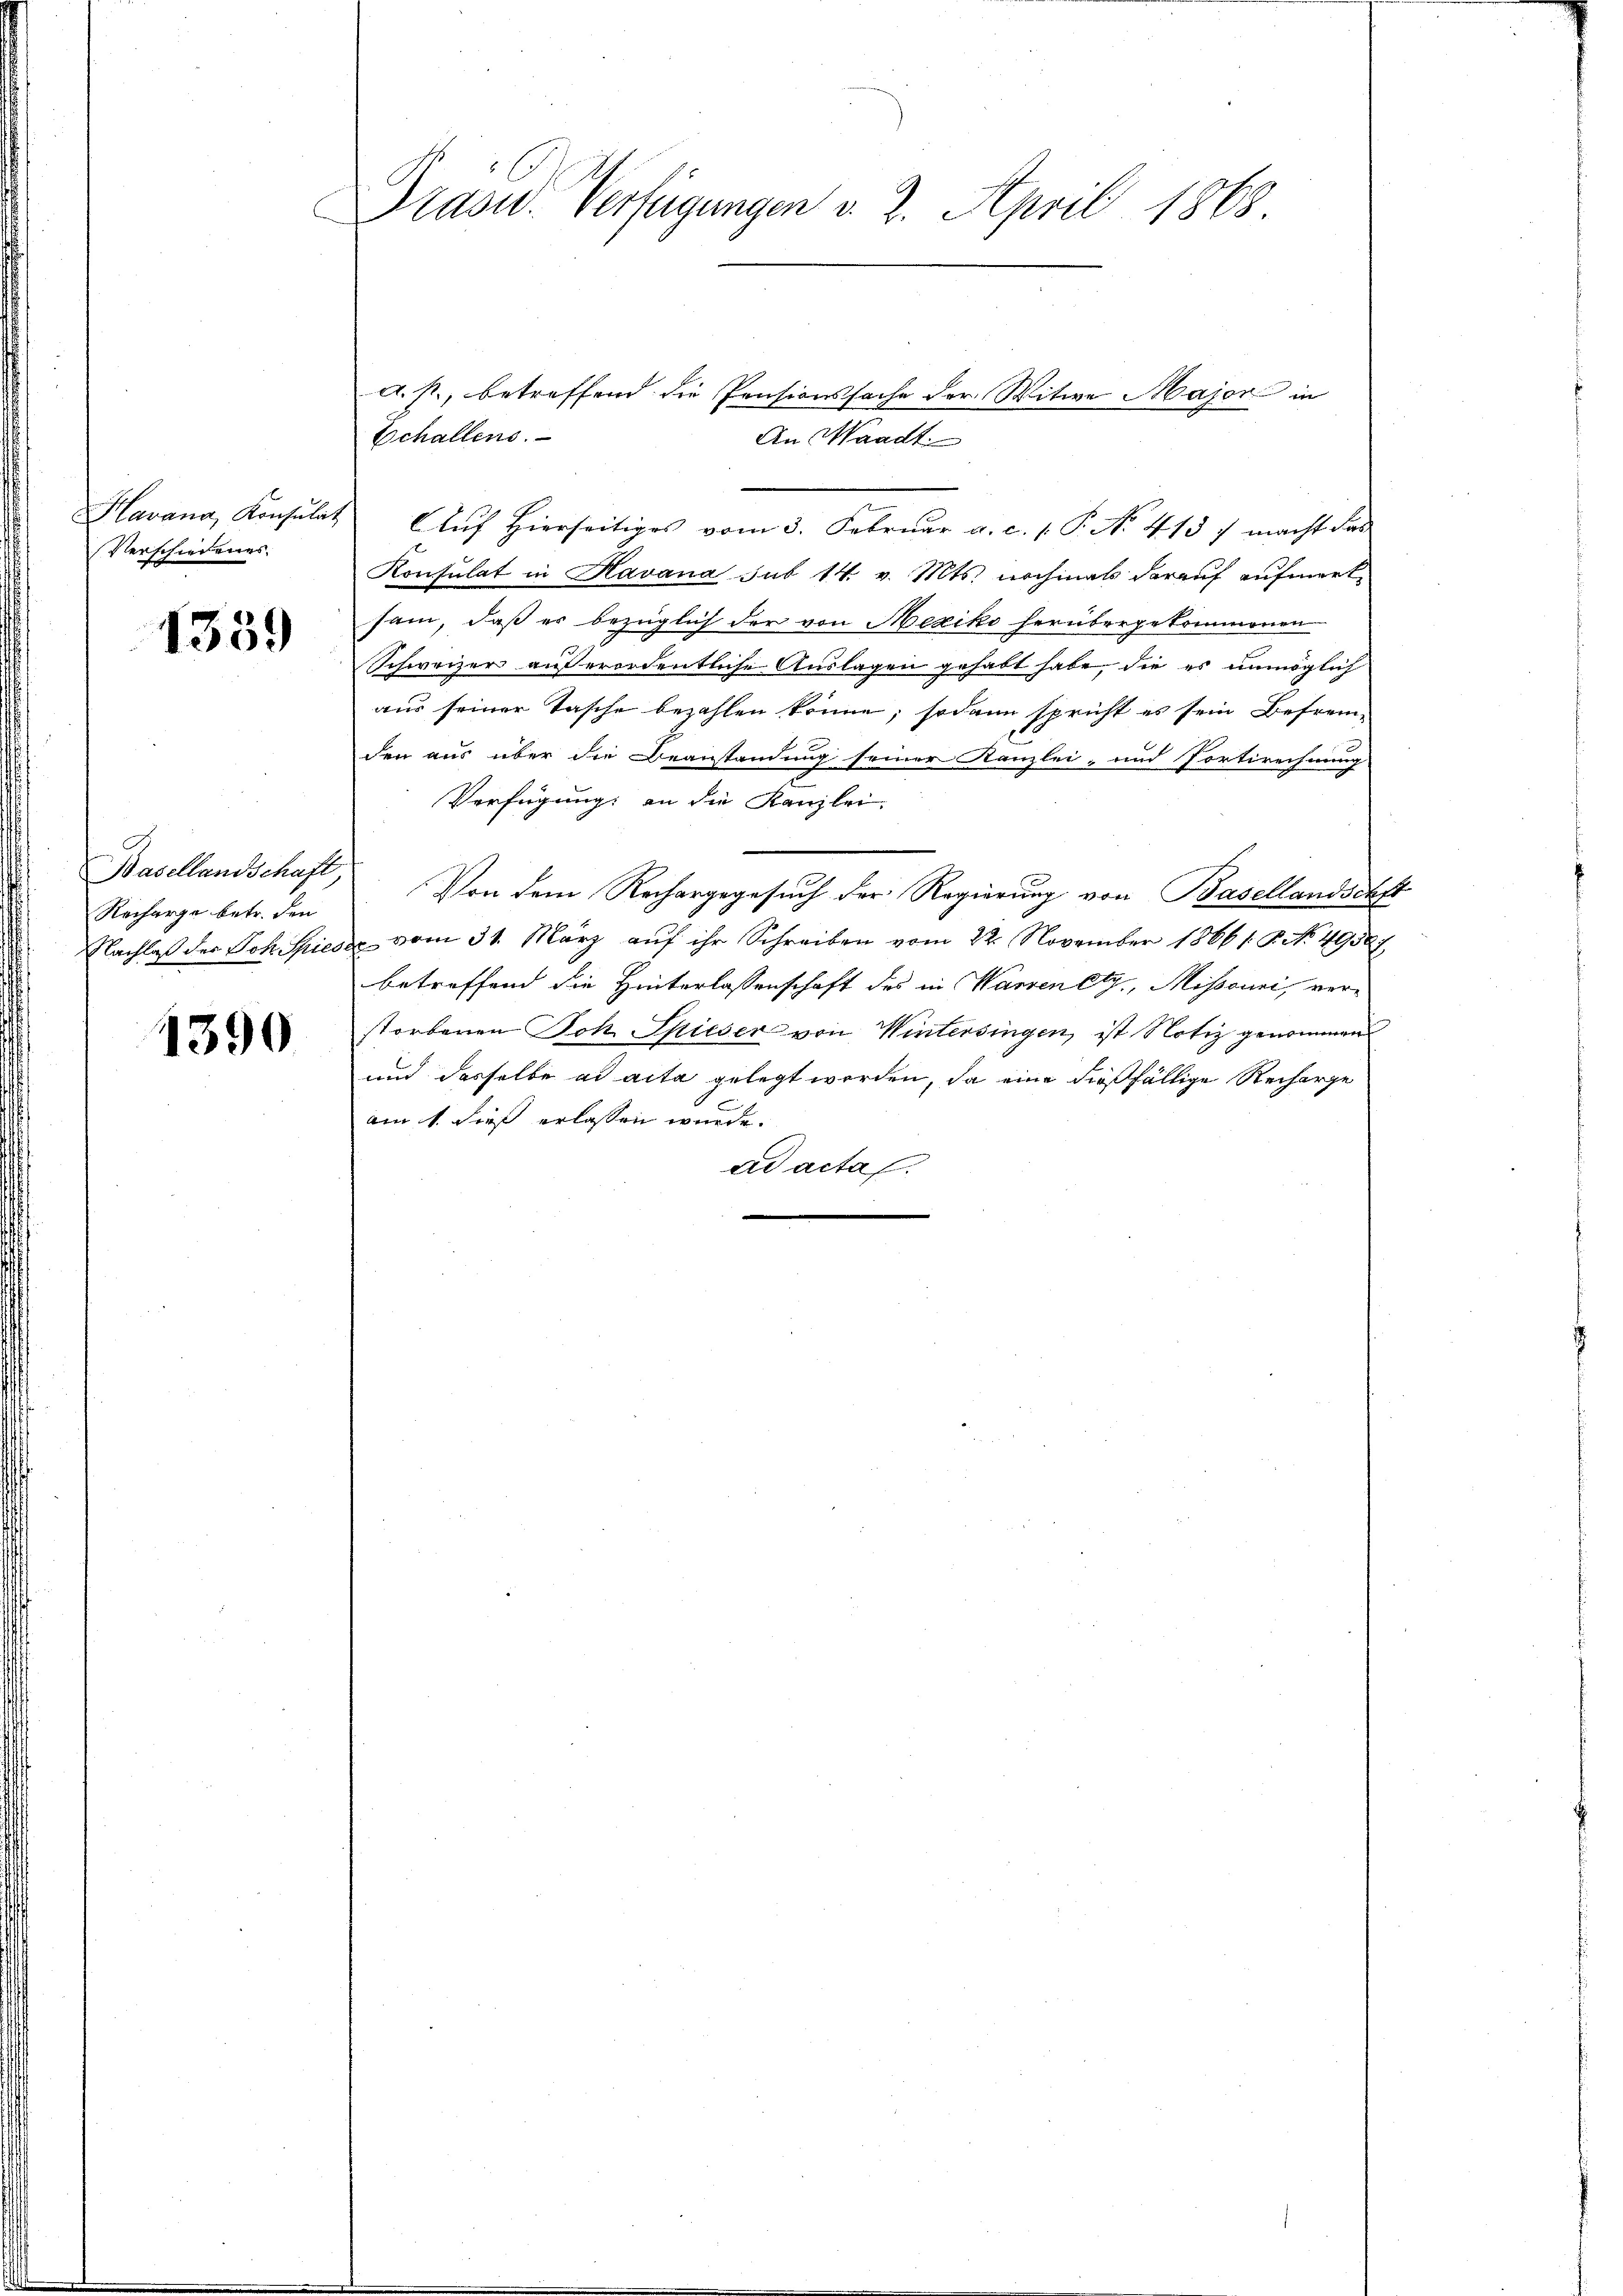
Havana, Konsulat
Verschiedenes.

1339

Basellandschaft
Recharge betr. den
Nachlaß des Joh. Spiel

1390

Dräsid. Verfügungen v. 2. April 1868.

a. p., betreffend die Pensionssache der Witwe Major in
Echallens.
An Waadt
AAuf Hierseitiges vom 3. Februar a. c. 1. P. No. 413 f macht das
Konsulat in Havana sub 14. v. Mts. nochmals darauf aufmerksam, daß er bezüglich der von Mexiko herübergekommenen
1
Schweizer außerordentliche Auslagen gehabt habe, die es unmöglich
aus seiner Tasche bezahlen könne; sodann spricht es sein Befrem-
den aus über die Beanstandung seiner Kanzlei- und Portirechnung
Verfügung an die Kanzlei-
Von dem Rechargegesuch der Regierung von Basellandschft
 vom 31. März auf ihr Schreiben vom 22. November 18661. P. Nr. 49587
betreffend die Hinterlassenschaft des in Warren etz., Missonni, verstorbenen Joh. Spieser von Wintersingen, ist Notiz genommen
und dasselbe ad acta gelegt worden, da eine dießfällige Recharge
am 1. dies erlassen wurde.
ad acta